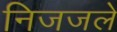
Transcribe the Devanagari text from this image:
निजजले